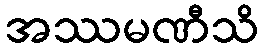
အဿမဏီသိ